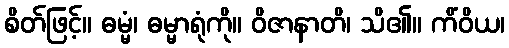
စိတ်ဖြင့်။ ဓမ္မံ၊ ဓမ္မာရုံကို။ ဝိဇာနာတိ၊ သိ၏။ ကိံဝိယ၊